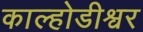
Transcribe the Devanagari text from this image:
काल्होडीश्वर